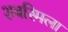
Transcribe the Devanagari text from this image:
शबरिमला